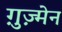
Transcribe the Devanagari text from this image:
ग़ुज़्मेन